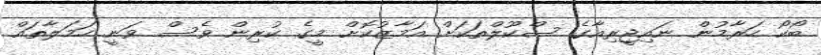
ބޯކޯ ހަރާމުން ނައިޖީރިއާގެ ސްކޫލްތަކަށް އަމާޒުކޮށް މީގެ ކުރިން ވެސް ވަނީ ހަމަލާތައް